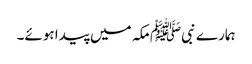
ہمارے نبیﷺ مکہ میں پیدا ہوئے۔